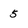
Character: 5